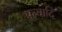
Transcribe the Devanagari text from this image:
प्रत्यादि